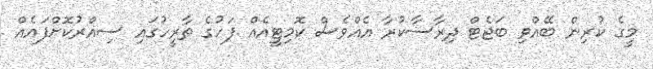
މީގެ ކުރިން ބޭއްވި ބަޖެޓް ދިރާސާކުރާ އެއްވެސް ކޮމިޓީއެއް ފަހުގެ ތާރީހުގައި ސިއްރުކޮށްފައެއް